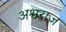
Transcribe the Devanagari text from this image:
अश्वराज